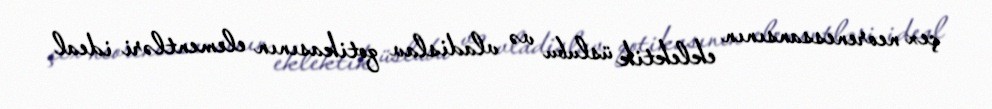
çex neorenessansının eklektik üslubu və vladislav qotikasının elementləri ideal